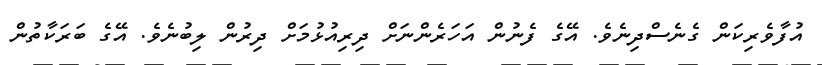
އުފާވެރިކަން ގެނެސްދިނެވެ. އޭގެ ފެނުން އަހަރެންނަށް ދިރިއުޅުމަށް ދިރުން ލިބުނެވެ. އޭގެ ބަރަކާތުން